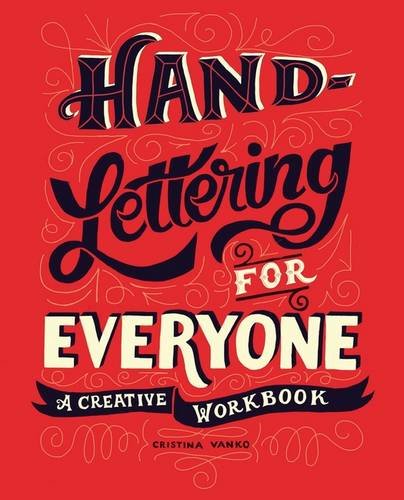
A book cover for Hand-Lettering for Everyone: A Creative Workbook; Cristina Vanko; Arts & Photography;